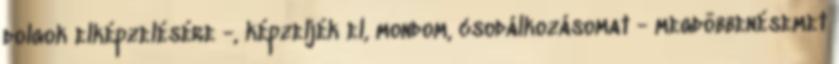
dolgok elképzelésére -, képzeljék el, mondom, csodálkozásomat - megdöbbenésemet